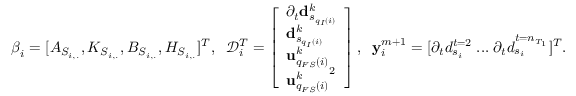
\boldsymbol { \beta } _ { i } = [ A _ { S _ { i , . } } , K _ { S _ { i , . } } , B _ { S _ { i , . } } , H _ { S _ { i , . } } ] ^ { T } , \; \; \mathcal { D } _ { i } ^ { T } = \left[ \begin{array} { l } { \partial _ { t } \mathbf { d } _ { s _ { q _ { I } ( i ) } } ^ { k } } \\ { \mathbf { d } _ { s _ { q _ { I } ( i ) } } ^ { k } } \\ { \mathbf { u } _ { q _ { F S } ( i ) } ^ { k } } \\ { { \mathbf { u } _ { q _ { F S } ( i ) } ^ { k } } ^ { 2 } } \end{array} \right] , \; \; \mathbf { y } _ { i } ^ { m + 1 } = [ \partial _ { t } { d } _ { s _ { i } } ^ { t = 2 } \; . . . \; \partial _ { t } { d } _ { s _ { i } } ^ { t = n _ { T _ { 1 } } } ] ^ { T } .